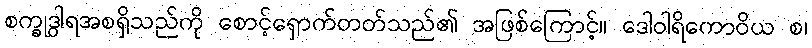
စက္ခုဒွါရအစရှိသည်ကို စောင့်ရှောက်တတ်သည်၏ အဖြစ်ကြောင့်။ ဒေါဝါရိကောဝိယ စ၊